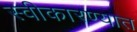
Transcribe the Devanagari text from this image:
स्‍वीकारण्‍यात